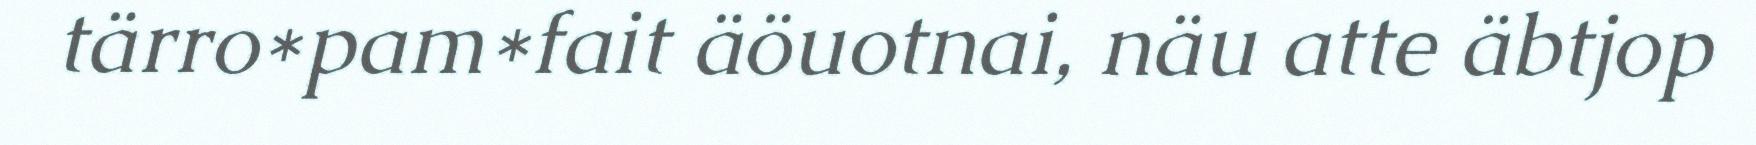
tärro*pam*fait äöuotnai, näu atte äbtjop